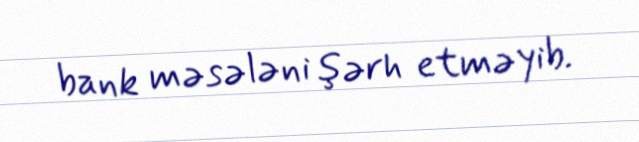
bank məsələni şərh etməyib.